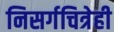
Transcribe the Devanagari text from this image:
निसर्गचित्रेही